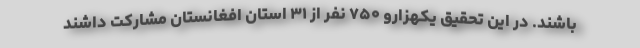
باشند. در این تحقیق یکهزارو ۷۵۰ نفر از ۳۱ استان افغانستان مشارکت داشند